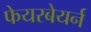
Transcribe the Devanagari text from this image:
फेयरबेयर्न